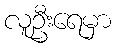
လူဦးရေမှာ